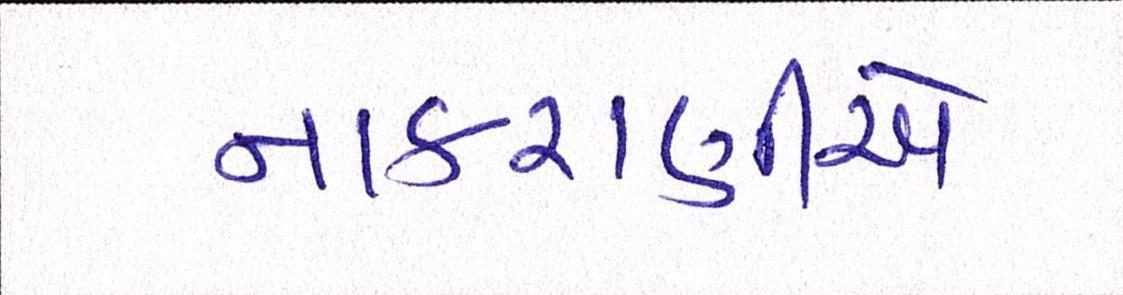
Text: નાકરાણીએ